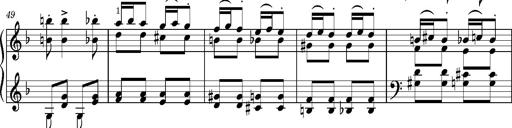
Title: Puszta Wehmut â€“ A puszta keserve
Composer: Franz Liszt
Key: D minor